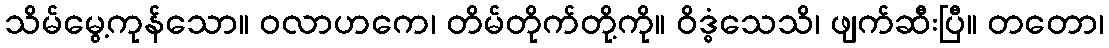
သိမ်မွေ့ကုန်သော။ ဝလာဟကေ၊ တိမ်တိုက်တို့ကို။ ဝိဒ္ဓံသေသိ၊ ဖျက်ဆီးပြီ။ တတော၊